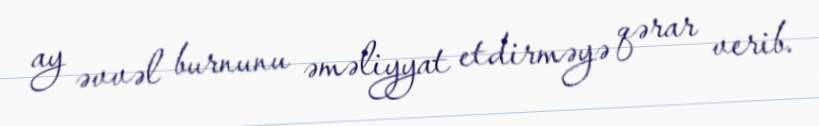
ay əvvəl burnunu əməliyyat etdirməyə qərar verib.